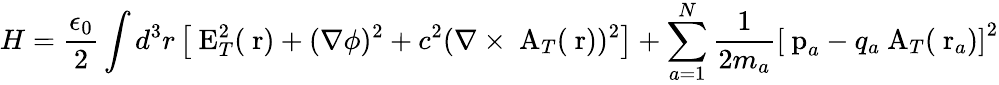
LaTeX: H=\frac{\epsilon_{0}}{2}\int d^{3}r\left[\mathrm{\mathbf~E}_{T}^{2}(\mathrm{\mathbf~r})+(\nabla\phi)^{2}+c^{2}(\nabla\times\mathrm{\mathbf~A}_{T}(\mathrm{\mathbf~r}))^{2}\right]+\sum_{a=1}^{N}\frac{1}{2m_{a}}\left[\mathrm{\mathbf~p}_{a}-q_{a}\mathrm{\mathbf~A}_{T}(\mathrm{\mathbf~r}_{a})\right]^{2}